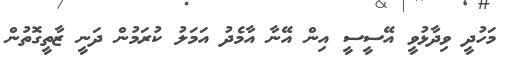
މަހުދީ ވިދާޅުވީ އޭސީސީ އިން އޭނާ އާމެދު އަމަލު ކުރަމުން ދަނީ ޒާތީގޮތުން